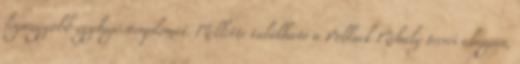
legnagyobb egyhajóstemplomát. Mellette található a Pollack Mihály tervei alapján,